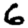
Digit: 6